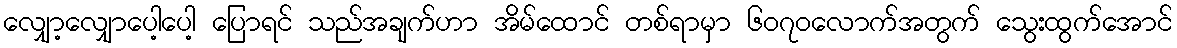
လျှော့လျှောပေါ့ပေါ့ ပြောရင် သည်အချက်ဟာ အိမ်ထောင် တစ်ရာမှာ ၆၀၇၀လောက်အတွက် သွေးထွက်အောင်